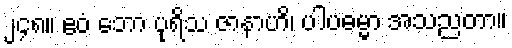
၂၄၈။ ဧဝံ ဘော ပုရိသ ဇာနာဟိ၊ ပါပဓမ္မာ အသညတာ။